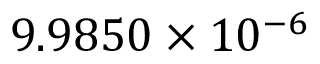
9 . 9 8 5 0 \times 1 0 ^ { - 6 }